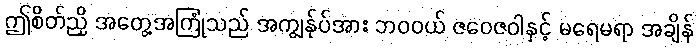
ဤစိတ်ညှိ အတွေ့အကြုံသည် အကျွန်ုပ်အား ဘဝဝယ် ဇဝေဇဝါနှင့် မရေမရာ အချိန်